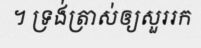
។ ទ្រង់ត្រាស់ឲ្យសួររក